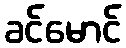
ခင်မောင်